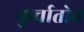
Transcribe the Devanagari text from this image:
कुर्चातोव